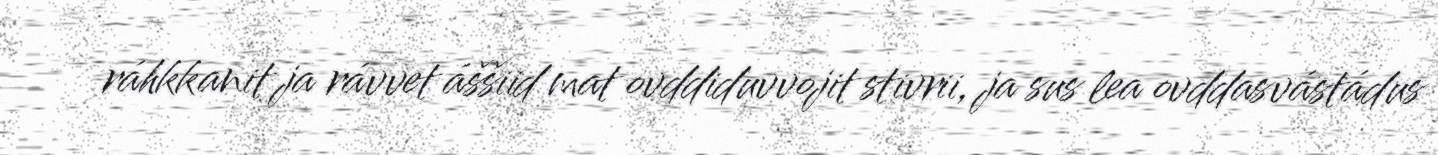
ráhkkanit ja rávvet áššiid mat ovddiduvvojit stivrii, ja sus lea ovddasvástádus